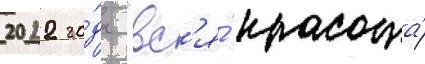
2022 го́да "вс'я́ красота́